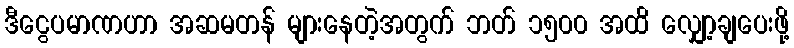
ဒီငွေပမာဏဟာ အဆမတန် များနေတဲ့အတွက် ဘတ် ၁၅၀၀ အထိ လျှော့ချပေးဖို့